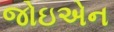
જોઇએન